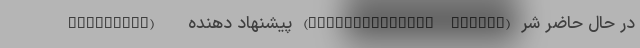
Searching) - پیشنهاد دهنده (Recommendation Engine) در حال حاضر شر